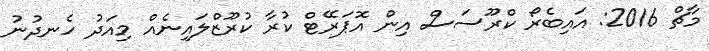
މާޗް 2016: އައިބެރޯ ކްރޫސަސް އިން އޮޕަރޭޓް ކުރާ ކުރޫޒްލައިނެއް މިއަދު ހެނދުނު